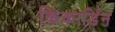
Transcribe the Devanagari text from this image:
किंकार्डिन